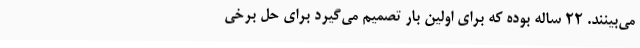
می‌بینند. ۲۲ ساله بوده که برای اولین بار تصمیم می‌گیرد برای حل برخی